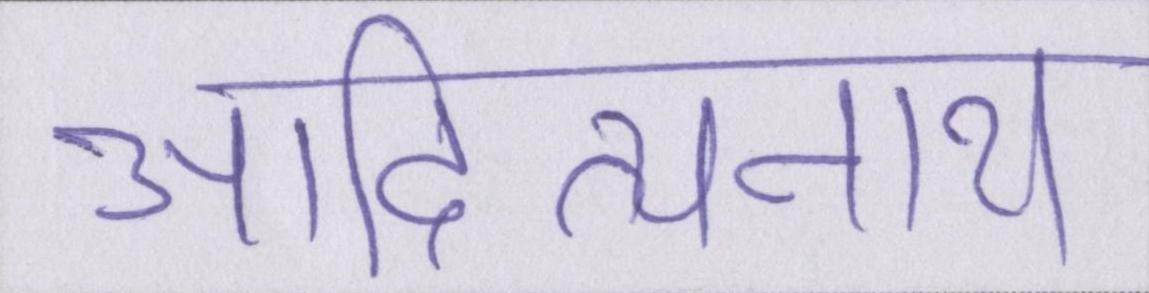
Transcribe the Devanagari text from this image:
आदित्यनाथ